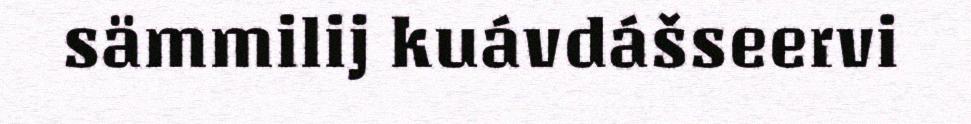
sämmilij kuávdášseervi